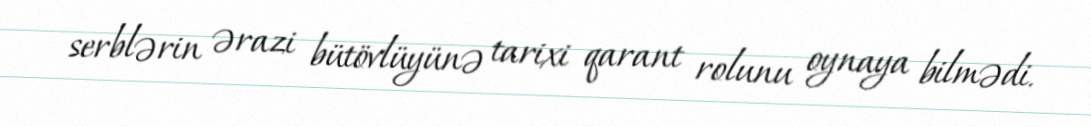
serblərin ərazi bütövlüyünə tarixi qarant rolunu oynaya bilmədi.